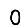
Digit: 0